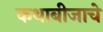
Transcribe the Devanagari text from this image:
कथाबीजाचे